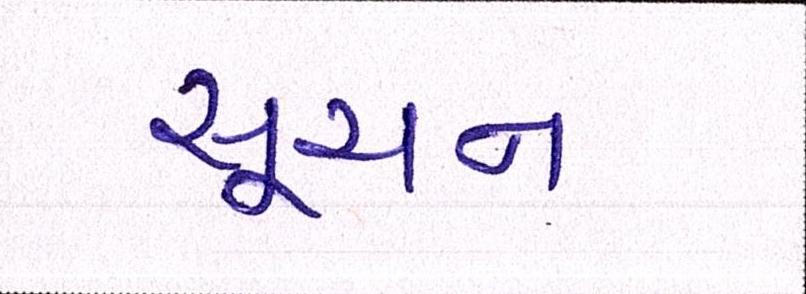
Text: સૂચન